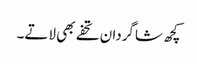
کچھ شاگردان تحفے بھی لاتے۔